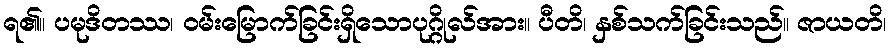
ရ၏။ ပမုဒိတဿ၊ ဝမ်းမြောက်ခြင်းရှိသောပုဂ္ဂိုလ်အား။ ပီတိ၊ နှစ်သက်ခြင်းသည်။ ဇာယတိ၊